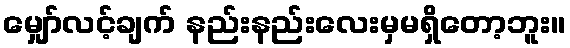
မျှော်လင့်ချက် နည်းနည်းလေးမှမရှိတော့ဘူး။